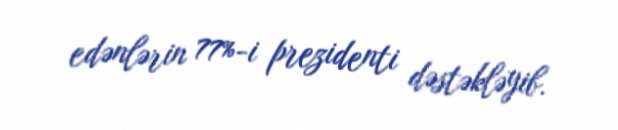
edənlərin 77%-i prezidenti dəstəkləyib.